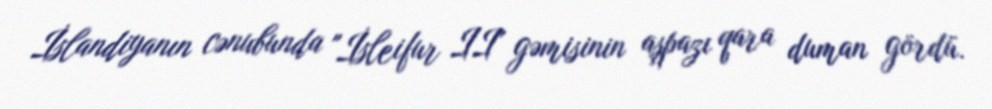
İslandiyanın cənubunda "İsleifur II" gəmisinin aşpazı qara duman gördü.